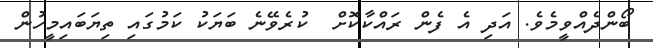
ބޯންދެއްވީމެވެ. އަދި އެ ފެން ރައްކާކޮށް  ކުރެވޭނެ ބަޔަކު ކަމުގައި ތިޔަބައިމީހުން